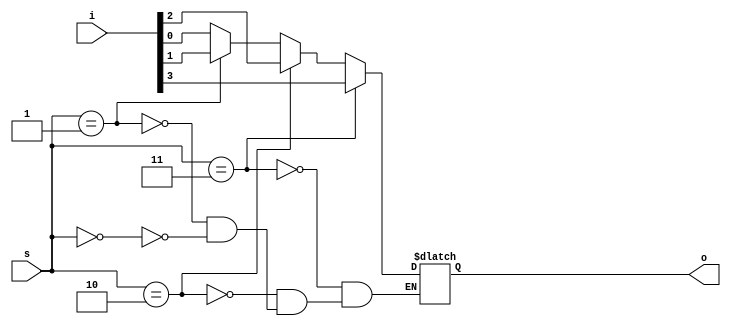
`timescale 1ns / 1ps
//////////////////////////////////////////////////////////////////////////////////
// Company: 
// Engineer: 
// 
// Design Name: 
// Module Name:    mux16_1 
// Project Name: 
// Target Devices: 
// Tool versions: 
// Description: 
//
// Dependencies: 
//
// Revision: 
// Revision 0.01 - File Created
// Additional Comments: 
//
//////////////////////////////////////////////////////////////////////////////////

module mux4_1(o,i,s);
output reg o;

input [3:0]i;
input [1:0]s;

always @(*)
begin

if(s==0)
o=i[0];

if(s==1)
o=i[1];

if(s==2)
o=i[2];

if(s==3)
o=i[3];

end
endmodule

module mux16_1(out,i,s);
output out;

input [15:0]i;
input [3:0]s;

wire [3:0]w;

mux4_1 mux1(w[0],i[3:0],s[1:0]);
mux4_1 mux2(w[1],i[7:4],s[1:0]);
mux4_1 mux3(w[2],i[11:8],s[1:0]);
mux4_1 mux4(w[3],i[15:12],s[1:0]);

mux4_1 mux5(out,w[3:0],s[3:2]);

endmodule